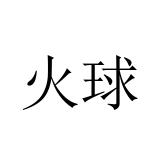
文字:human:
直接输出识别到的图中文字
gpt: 火球